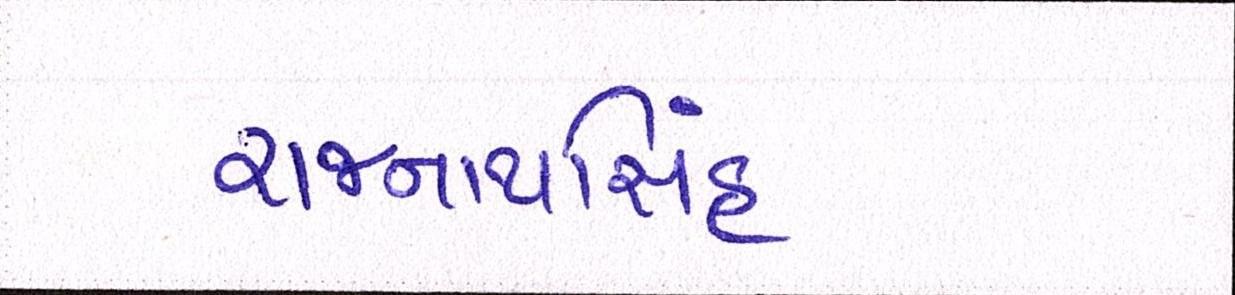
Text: રાજનાથસિંહ